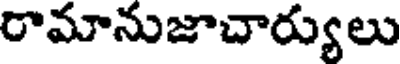
రామానుజాచార్యులు